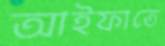
আইফাতে